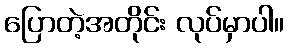
ပြောတဲ့အတိုင်း လုပ်မှာပါ။